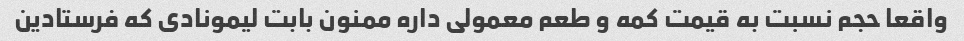
واقعا حجم نسبت به قیمت کمه و طعم معمولی داره ممنون بابت لیمونادی که فرستادین